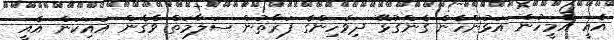
އެއީ އެމީހުން އަޅުންހެން ގެންގުޅޭ ދިވެހިންގެ ފަރާތުން ސަލާމަތް ވެގެން އައިކަން އެއީ